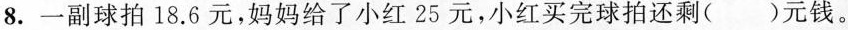
8. 一副球拍18.6元，妈妈给了小红25元，小红买完球拍还剩( )元钱。